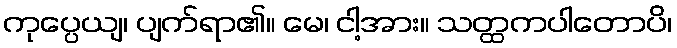
ကုပ္ပေယျ၊ ပျက်ရာ၏။ မေ၊ ငါ့အား။ သတ္ထကပါတောပိ၊